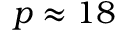
p \approx 1 8